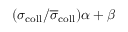
( \sigma _ { \mathrm { c o l l } } / \overline { { \sigma } } _ { \mathrm { c o l l } } ) \alpha + \beta